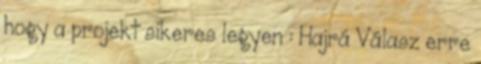
hogy a projekt sikeres legyen : Hajrá Válasz erre